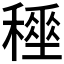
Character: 𥢤